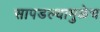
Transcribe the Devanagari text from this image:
सापडल्यामुळेच